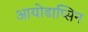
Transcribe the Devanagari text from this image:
आयोडाप्सिन